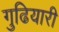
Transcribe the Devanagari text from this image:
गुढियारी